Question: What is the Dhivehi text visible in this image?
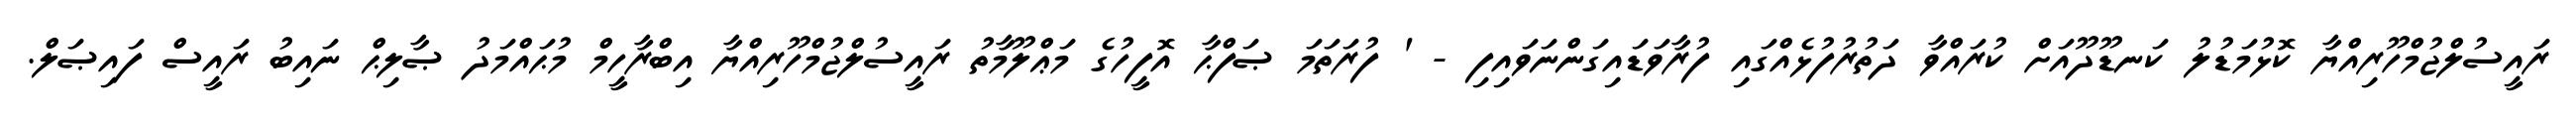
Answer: ރައީސުލްޖުމްހޫރިއްޔާ ކޮޅުމަޑުލު ކަނޑޫދޫއަށް ކުރައްވާ ދަތުރުފުޅެއްގައި ފުރާވަޑައިގަންނަވައިފި - ' ފުރަތަމަ ޞަފްޙާ އޮފީހުގެ މަޢްލޫމާތު ރައީސުލްޖުމްހޫރިއްޔާ އިބްރާހީމް މުޙައްމަދު ޞާލިޙް ނައިބު ރައީސް ފައިޞަލް.